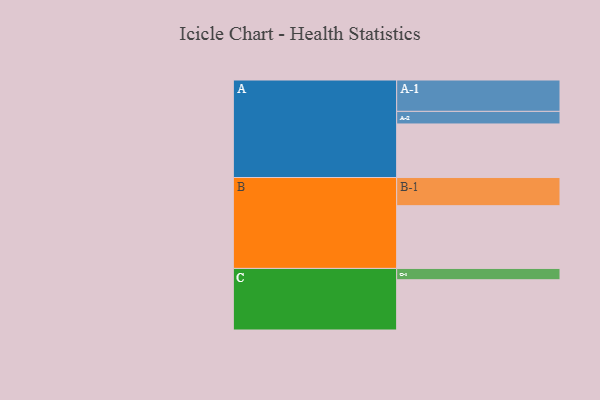
{"axis": {"x": "Segment", "y": "Value"}, "legend": ["", "A", "B", "C"], "data": [{"x": "A", "y": 502, "type": ""}, {"x": "B", "y": 588, "type": ""}, {"x": "C", "y": 471, "type": ""}, {"x": "A-1", "y": 294, "type": "A"}, {"x": "A-2", "y": 118, "type": "A"}, {"x": "B-1", "y": 264, "type": "B"}, {"x": "C-1", "y": 106, "type": "C"}]}